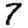
Digit: 7